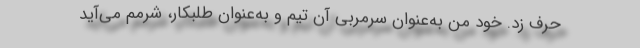
حرف زد. خود من به‌عنوان سرمربی آن تیم و به‌عنوان طلبکار، شرمم می‌آید